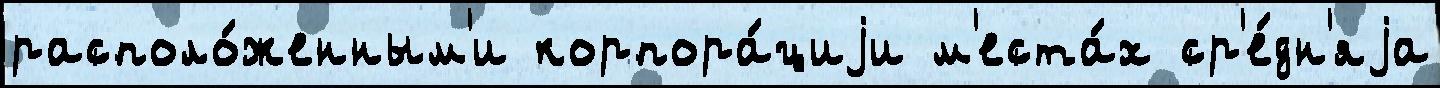
располо́женным'и корпора́циjи м'еста́х ср'е́дн'яjа